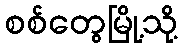
စစ်တွေမြို့သို့